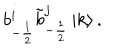
b _ { - \frac { 1 } { 2 } } ^ { i } \tilde { b } _ { - \frac { 1 } { 2 } } ^ { j } \left| k \right> .